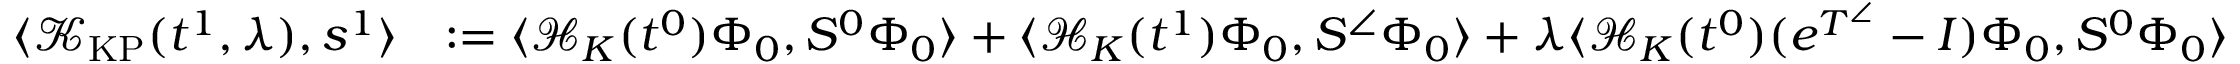
\begin{array} { r l } { \langle \mathcal { K } _ { \mathrm { K P } } ( t ^ { 1 } , \lambda ) , s ^ { 1 } \rangle } & { : = \langle \mathcal { H } _ { K } ( t ^ { 0 } ) \Phi _ { 0 } , S ^ { 0 } \Phi _ { 0 } \rangle + \langle \mathcal { H } _ { K } ( t ^ { 1 } ) \Phi _ { 0 } , S ^ { \angle } \Phi _ { 0 } \rangle + \lambda \langle \mathcal { H } _ { K } ( t ^ { 0 } ) ( e ^ { T ^ { \angle } } - I ) \Phi _ { 0 } , S ^ { 0 } \Phi _ { 0 } \rangle } \end{array}